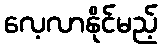
လေ့လာနိုင်မည့်